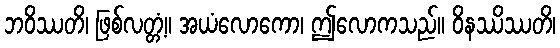
ဘဝိဿတိ၊ ဖြစ်လတ္တံ့။ အယံလောကော၊ ဤလောကသည်။ ဝိနဿိဿတိ၊